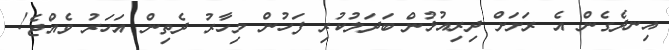
އިނދެގެން އެ ރަށަށް ދިރިއުޅުން ބަދަލުކުރި ފަހުން މިހާރު ދެތިން އަހަރު ވެއްޖެ!